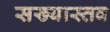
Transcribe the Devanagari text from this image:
सख्यास्तव